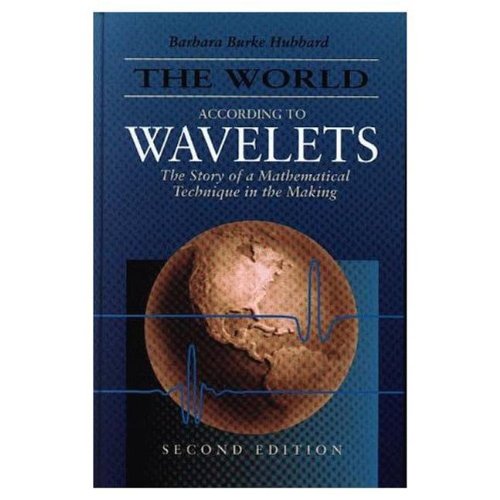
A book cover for The World According to Wavelets: The Story of a Mathematical Technique in the Making, Second Edition; Barbara Burke Hubbard; Science & Math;